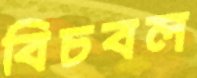
বিচবল